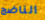
الناضج